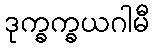
ဒုက္ခက္ခယဂါမီ